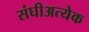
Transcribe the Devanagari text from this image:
संघीअत्येक